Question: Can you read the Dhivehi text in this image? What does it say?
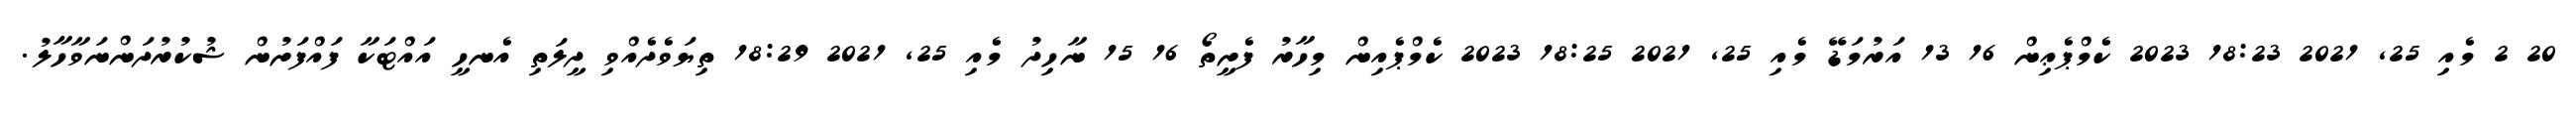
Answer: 20 2 މެއި 25, 2021 18:23 2023 ކެމްޕެޢިން 16 13 އަރުމަޑޭ މެއި 25, 2021 18:25 2023 ކެމްޕެއިން މިހާރު ފެށީތޯ 16 15 ނާހިދު މެއި 25, 2021 18:29 ތިޔަވެދެއްވި ދީލަތި އެނހީ އައްޓަކާ ފައްފަށުން ޝުކުރުދަންނަވާހާލު.